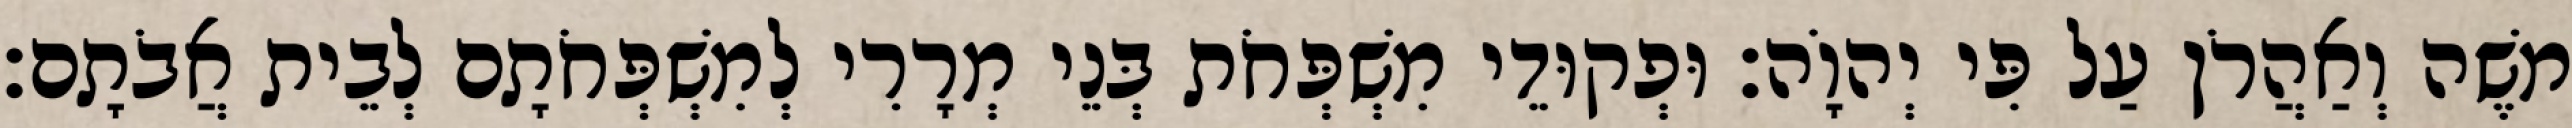
משֶׁה וְאַהֲרֹן עַל פִּי יְהוָֹה׃ וּפְקוּדֵי מִשְׁפְּחֹת בְּנֵי מְרָרִי לְמִשְׁפְּחֹתָם לְבֵית אֲבֹתָם׃